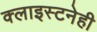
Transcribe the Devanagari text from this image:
क्लाइस्टनेही